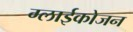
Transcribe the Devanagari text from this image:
ग्लाईकोजन